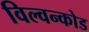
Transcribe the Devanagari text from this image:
विल्वन्कोड